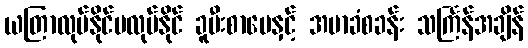
ယတြာလုပ်နိုင်မလုပ်နိုင် ခူမီးစာပေနှင့် အမာခံစခန်း သင်္ကြန်အချိန်